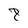
Character: 8